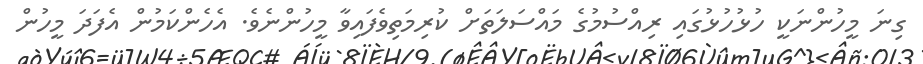
ގިނަ މީހުންނަކީ ހުޅުހުޅުގައި ރިއްސުމުގެ މައްސަލަތަށް ކުރިމަތިވެފައިވާ މީހުންނެވެ. އެހެންކަމުން އެފަދަ މީހުން